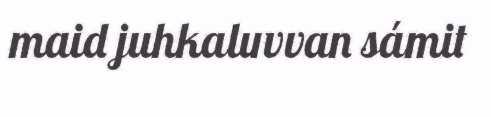
maid juhkaluvvan sámit